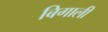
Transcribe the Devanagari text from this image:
बिगाली